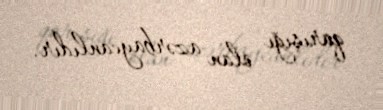
qarışığı olan azərbaycanlıdır.